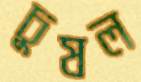
চুষল